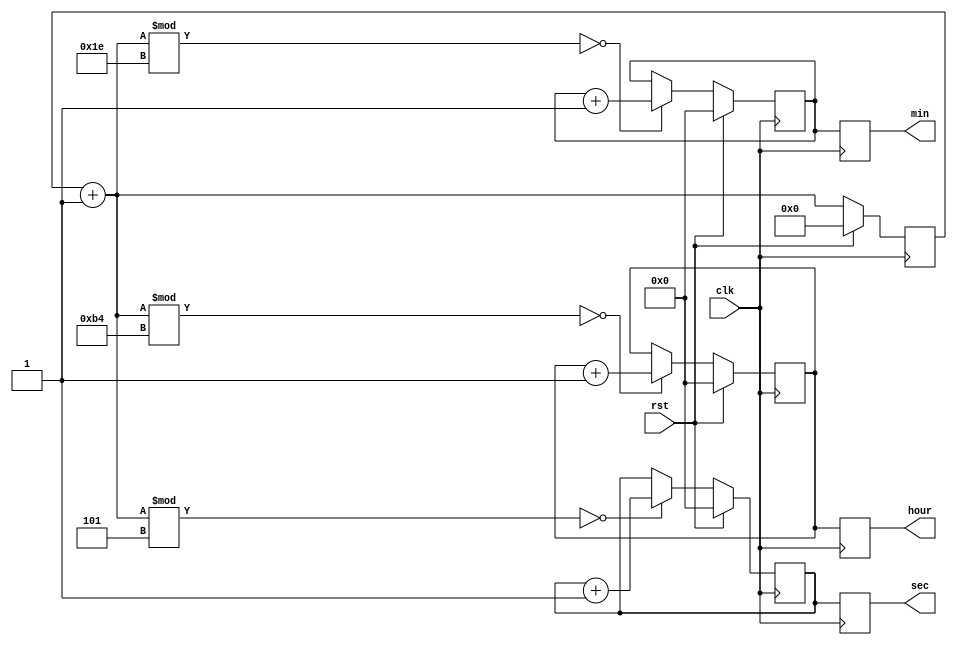
module digi_clock_5hz (
				input clk,rst,
				output reg [7:0] sec,min,hour);
				
reg [15:0] count=16'd0;		
reg [7:0] tempsec=8'd0;
reg [7:0] tempmin=8'd0;
reg [7:0] temphour=8'd0;	
always@(posedge clk)
begin

	if (rst)
	begin
		tempsec<=7'd0;
		tempmin<=7'd0;
		temphour<=7'd0;
		count<=7'd0;
	end
	
	else
	begin
		count= count+1;
		
		if (count%5==0)			//5hz clock 
		begin
			tempsec=tempsec+1;
			//count=0;
		end
		
		if (count%30==0)
		begin
			tempmin=tempmin+1;
			//tempsec=0;
		end
		
		if (count%180==0)
		begin
			temphour=temphour+1;
			//tempmin=0;
		end
		/**/
	end

end


always@(posedge clk)
begin

		sec=tempsec;
		min=tempmin;
		hour=temphour;

end 
endmodule